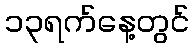
၁၃ရက်နေ့တွင်